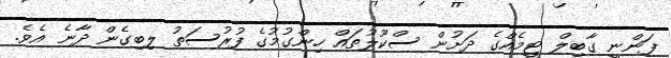
ފަންނީ ގާބިލް ޓީމެއްގެ ދަށުން ސްކޫލުތައް ހިންގުމުގެ ފުރުސަތު ލިބިގެން ދާނެ އެވެ.